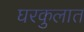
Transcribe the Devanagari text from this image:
घरकुलात